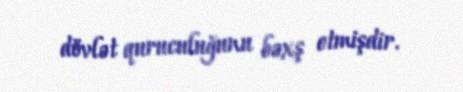
dövlət quruculuğunu bəxş etmişdir.